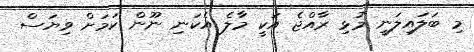
މި ބަލައިލަނީ މުޅި ރާއްޖެ އަކީ މާލެ އެކަނި ނޫން ކަމަށް ވިޔަސް